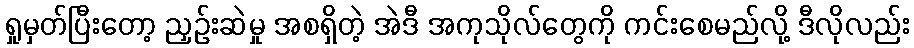
ရှုမှတ်ပြီးတော့ ညှဉ်းဆဲမှု အစရှိတဲ့ အဲဒီ အကုသိုလ်တွေကို ကင်းစေမည်လို့ ဒီလိုလည်း